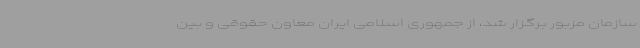
سازمان مزبور برگزار شد، از جمهوری اسلامی ایران معاون حقوقی و بین‌